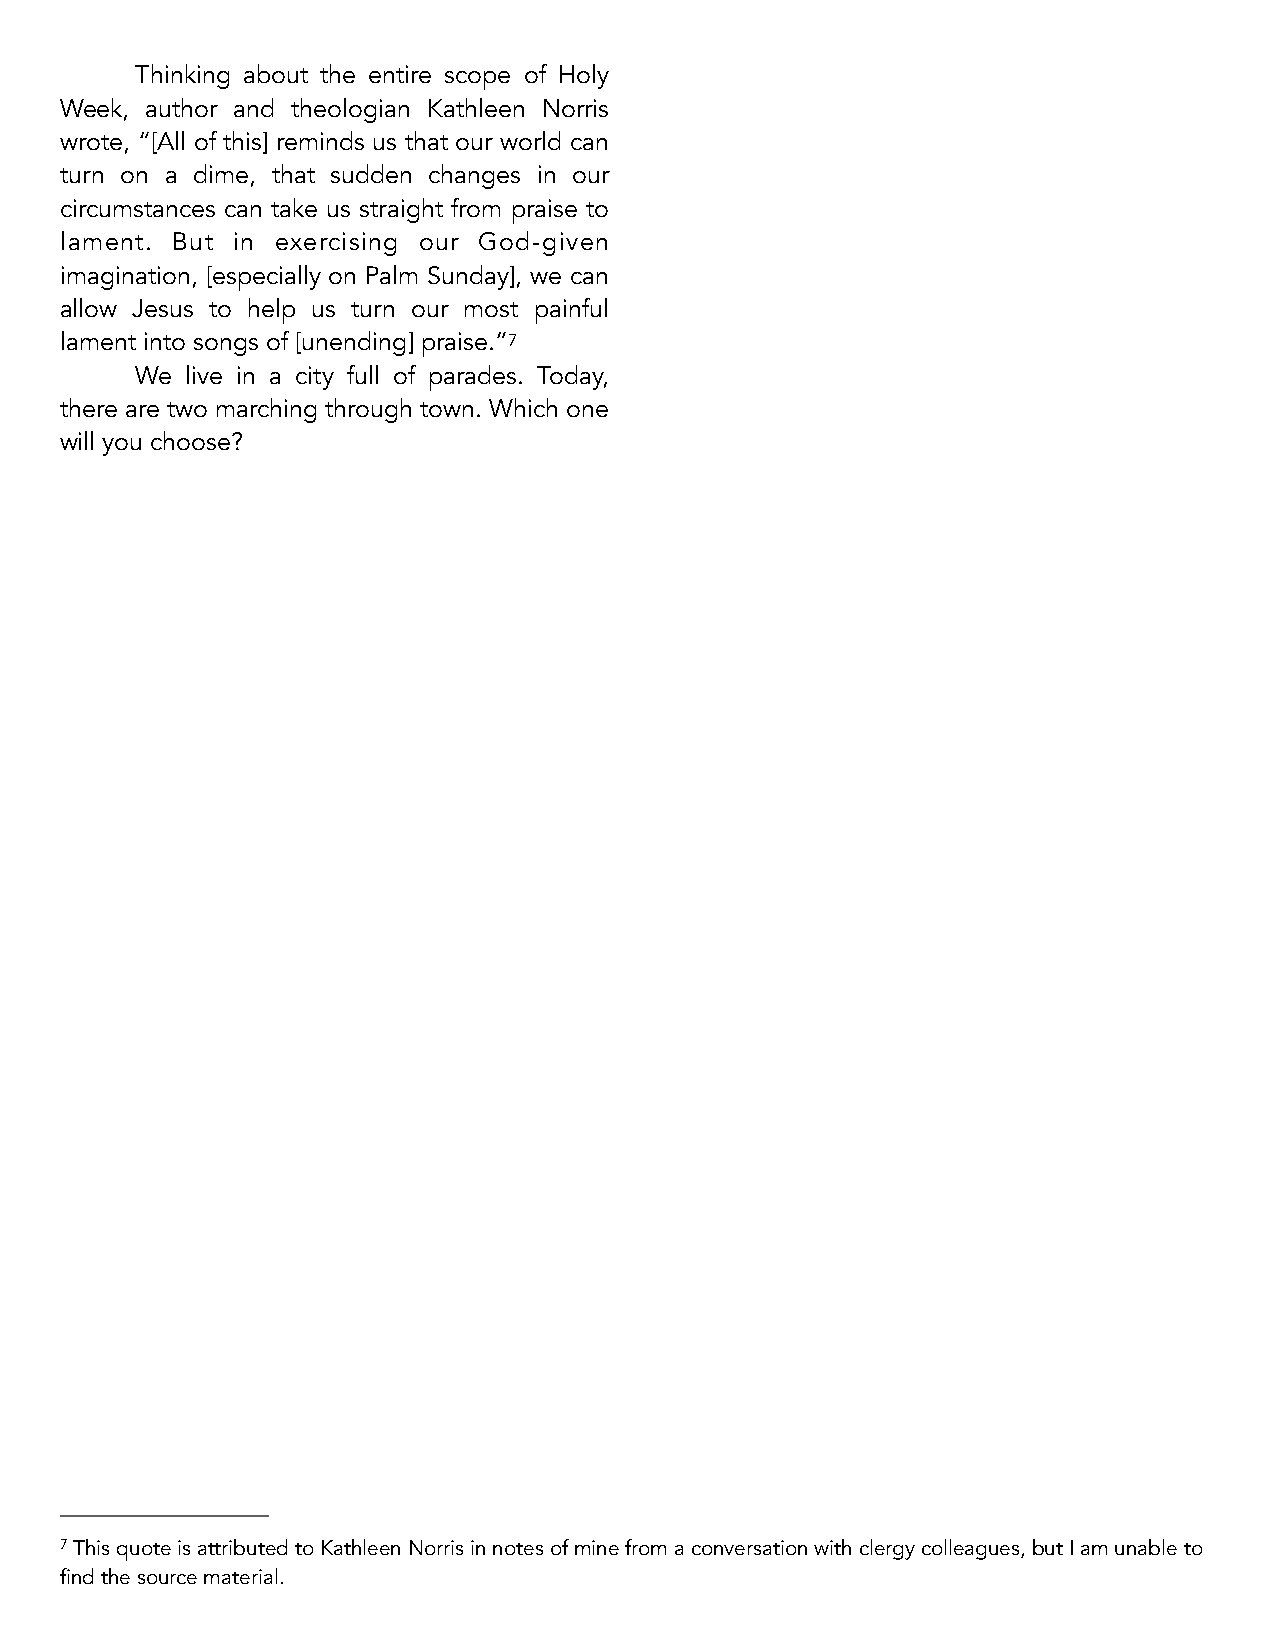
Thinking about the entire scope of Holy
 Week, author and theologian Kathleen Norris
 wrote, “[All of this] reminds us that our world can
 turn on a dime, that sudden changes in our
 circumstances can take us straight from praise to
 lament. But in exercising our God-given
 imagination, [especially on Palm Sunday], we can
 allow Jesus to help us turn our most painful
 lament into songs of [unending] praise.”7
 We live in a city full of parades. Today,
 there are two marching through town. Which one
 will you choose?
 7 This quote is attributed to Kathleen Norris in notes of mine from a conversation with clergy colleagues, but I am unable to
 find the source material.